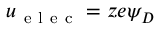
u _ { \mathrm { ~ e ~ l ~ e ~ c ~ } } = z e \psi _ { D }